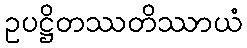
ဥပဋ္ဌိတဿတိဿာယံ